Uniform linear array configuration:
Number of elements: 4
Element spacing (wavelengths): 0.5
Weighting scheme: hamming
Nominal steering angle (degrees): -15
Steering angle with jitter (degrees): -16.047
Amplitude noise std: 0.05
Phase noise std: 0.05

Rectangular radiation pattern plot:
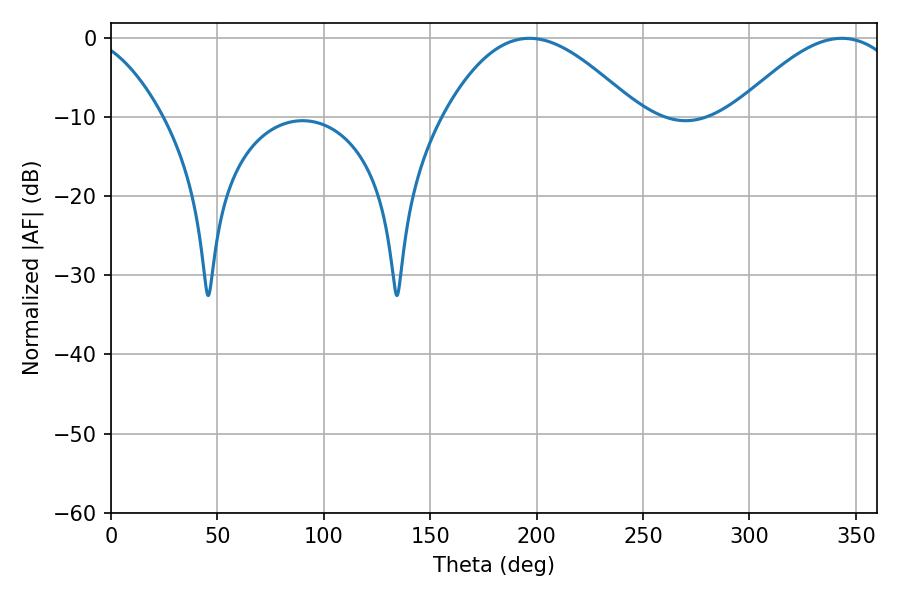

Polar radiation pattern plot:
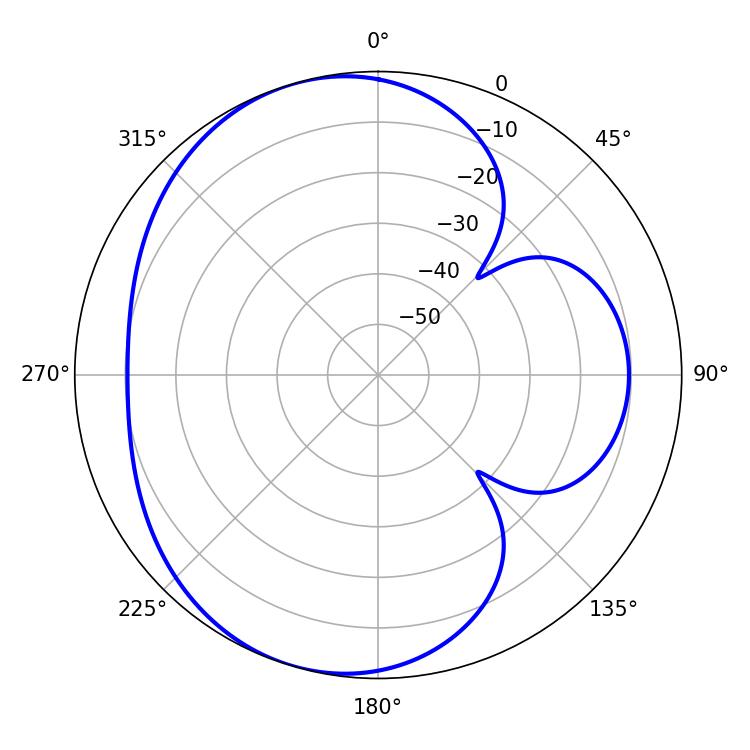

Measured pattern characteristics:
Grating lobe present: FALSE
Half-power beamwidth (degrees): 49.32
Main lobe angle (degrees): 196.56